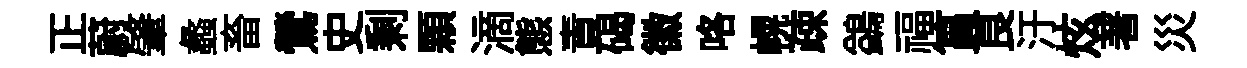
正蔚肇蠡畜鶯史剩顆滴態責碣徽咯幌疎鷁福篔良汙炫著災